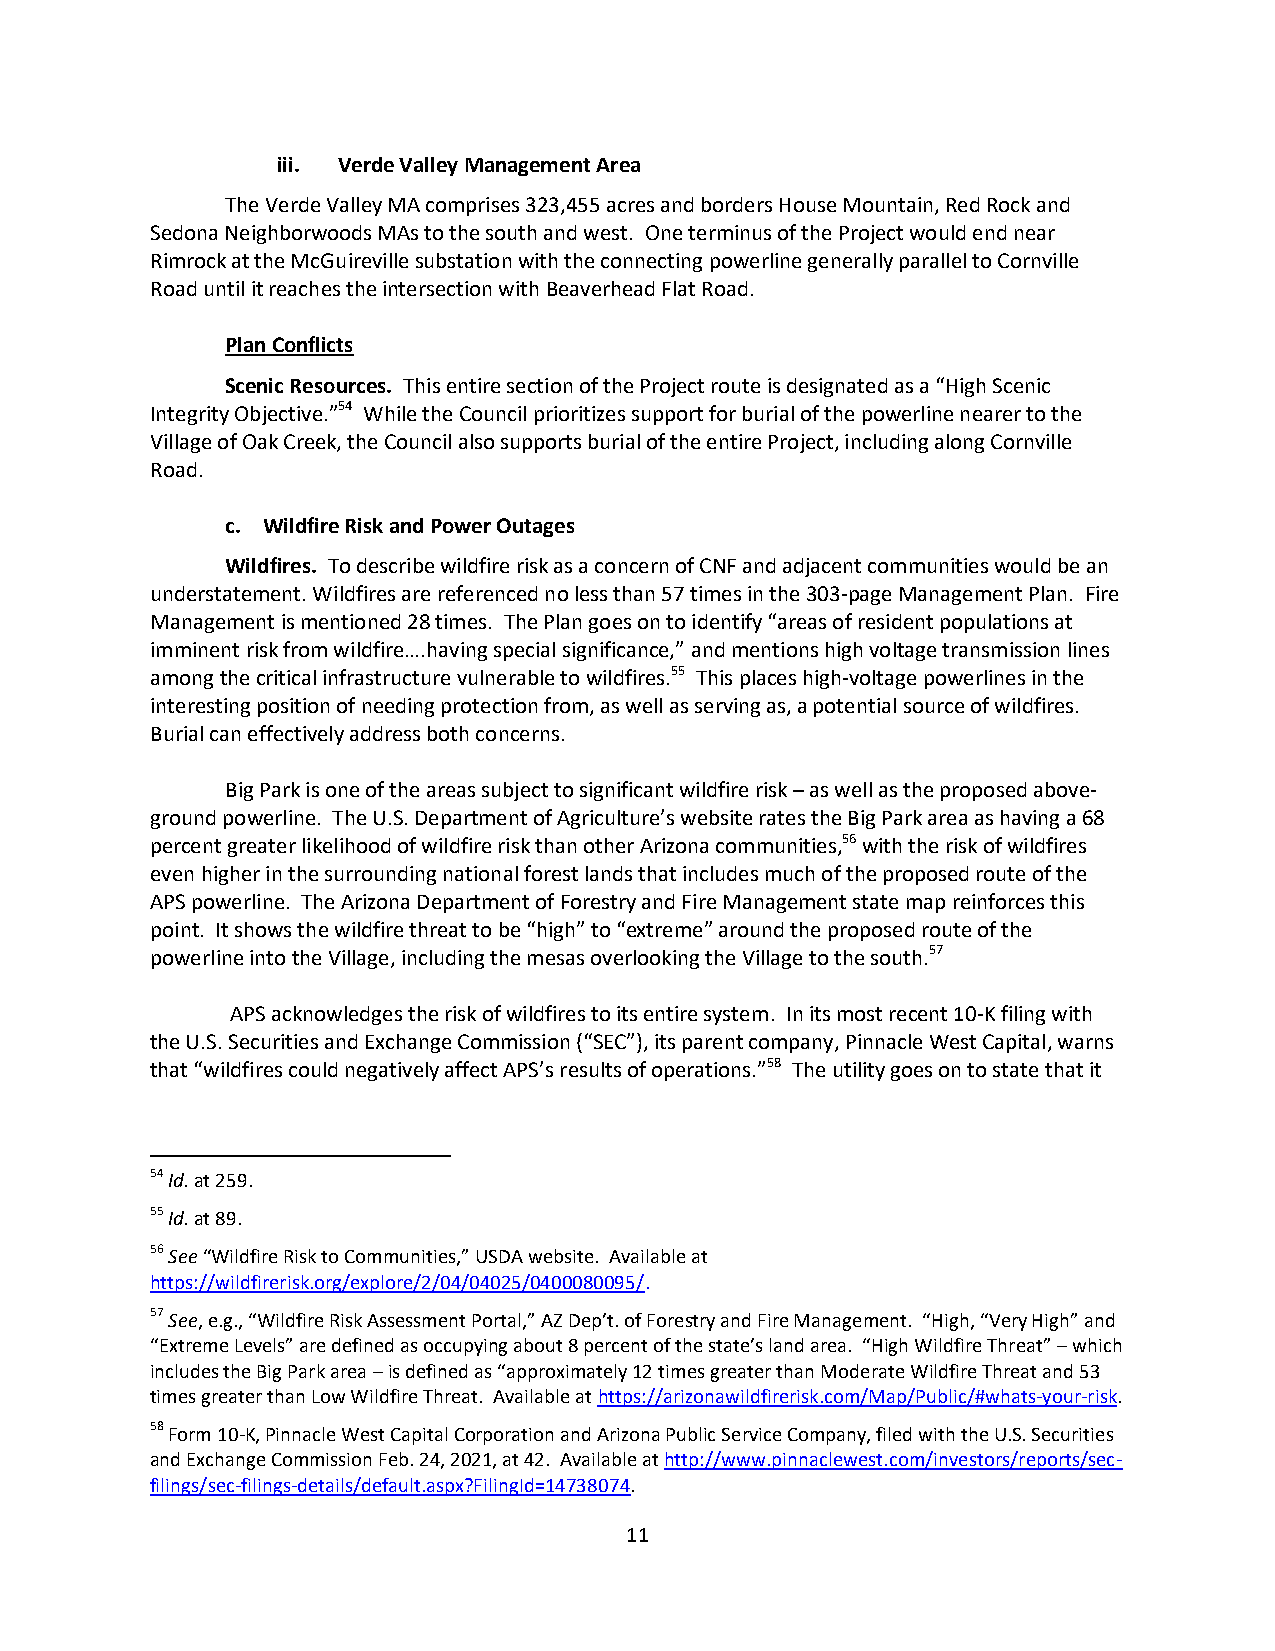
iii. Verde Valley Management Area
 The Verde Valley MA comprises 323,455 acres and borders House Mountain, Red Rock and
 Sedona Neighborwoods MAs to the south and west. One terminus of the Project would end near
 Rimrock at the McGuireville substation with the connecting powerline generally parallel to Cornville
 Road until it reaches the intersection with Beaverhead Flat Road.
 Plan Conflicts
 Scenic Resources. This entire section of the Project route is designated as a “High Scenic
 Integrity Objective.”54 While the Council prioritizes support for burial of the powerline nearer to the
 Village of Oak Creek, the Council also supports burial of the entire Project, including along Cornville
 Road.
 c. Wildfire Risk and Power Outages
 Wildfires. To describe wildfire risk as a concern of CNF and adjacent communities would be an
 understatement. Wildfires are referenced no less than 57 times in the 303-page Management Plan. Fire
 Management is mentioned 28 times. The Plan goes on to identify “areas of resident populations at
 imminent risk from wildfire….having special significance,” and mentions high voltage transmission lines
 among the critical infrastructure vulnerable to wildfires.55 This places high-voltage powerlines in the
 interesting position of needing protection from, as well as serving as, a potential source of wildfires.
 Burial can effectively address both concerns.
 Big Park is one of the areas subject to significant wildfire risk – as well as the proposed above-
 ground powerline. The U.S. Department of Agriculture’s website rates the Big Park area as having a 68
 percent greater likelihood of wildfire risk than other Arizona communities,56 with the risk of wildfires
 even higher in the surrounding national forest lands that includes much of the proposed route of the
 APS powerline. The Arizona Department of Forestry and Fire Management state map reinforces this
 point. It shows the wildfire threat to be “high” to “extreme” around the proposed route of the
 powerline into the Village, including the mesas overlooking the Village to the south.57
 APS acknowledges the risk of wildfires to its entire system. In its most recent 10-K filing with
 the U.S. Securities and Exchange Commission (“SEC”), its parent company, Pinnacle West Capital, warns
 that “wildfires could negatively affect APS’s results of operations.”58 The utility goes on to state that it
 54 Id. at 259.
 55 Id. at 89.
 56 See “Wildfire Risk to Communities,” USDA website. Available at
 https://wildfirerisk.org/explore/2/04/04025/0400080095/.
 57 See, e.g., “Wildfire Risk Assessment Portal,” AZ Dep’t. of Forestry and Fire Management. “High, “Very High” and
 “Extreme Levels” are defined as occupying about 8 percent of the state’s land area. “High Wildfire Threat” – which
 includes the Big Park area – is defined as “approximately 12 times greater than Moderate Wildfire Threat and 53
 times greater than Low Wildfire Threat. Available at https://arizonawildfirerisk.com/Map/Public/#whats-your-risk.
 58 Form 10-K, Pinnacle West Capital Corporation and Arizona Public Service Company, filed with the U.S. Securities
 and Exchange Commission Feb. 24, 2021, at 42. Available at http://www.pinnaclewest.com/investors/reports/sec-
 filings/sec-filings-details/default.aspx?FilingId=14738074.
 11